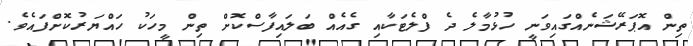
ތިން އޮޕަރޭޝަނެއްގައިވަނީ ހުޅުމާލެ ދެ ފްލެޓަކާއި ގެއެއް ބަލައިފާސްކޮށް ތިން މީހަކު ހައްޔަރުކޮށްފައެވެ.